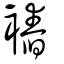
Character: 𧜧